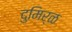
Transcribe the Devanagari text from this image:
दुमिर्ळ